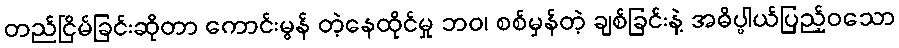
တည်ငြိမ်ခြင်းဆိုတာ ကောင်းမွန် တဲ့နေထိုင်မှု ဘဝ၊ စစ်မှန်တဲ့ ချစ်ခြင်းနဲ့ အဓိပ္ပါယ်ပြည့်ဝသော